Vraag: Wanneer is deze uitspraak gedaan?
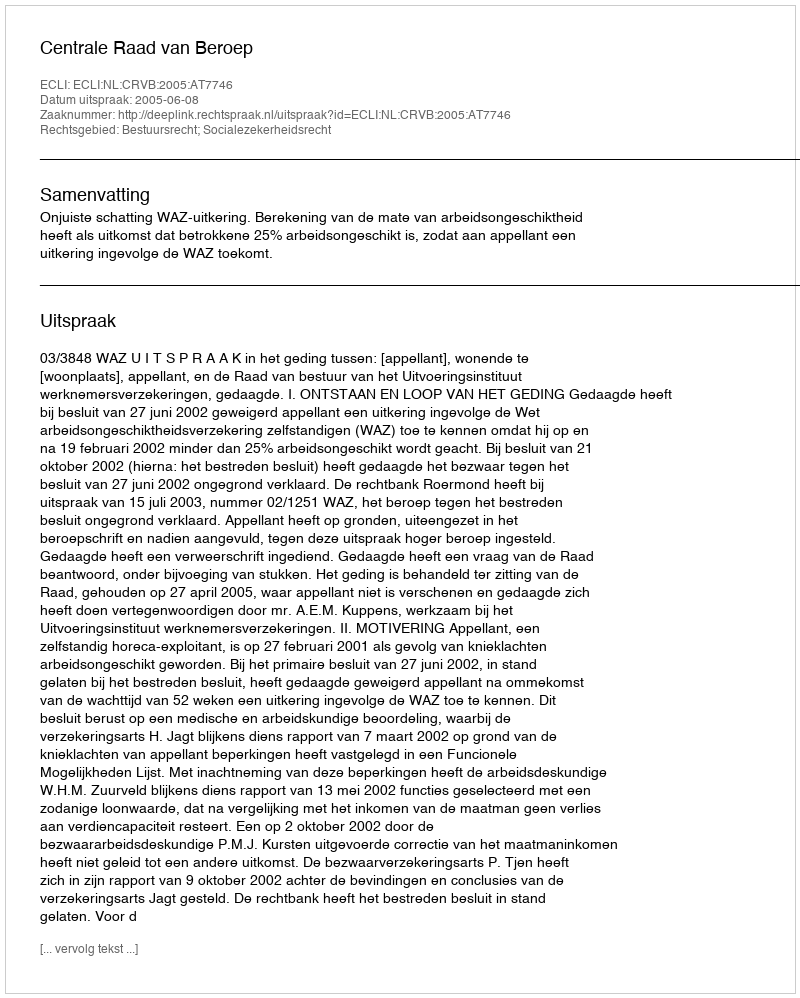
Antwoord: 2005-06-08